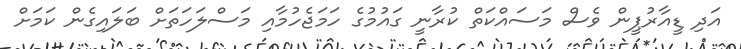
އަދި ޑީއާރުޕީން ވެސް މަސައްކަތް ކުރާނީ ގައުމުގެ ހަމަޖެހުމާއި މަސްލަހަތަށް ބަލައިގެން ކަމަށް